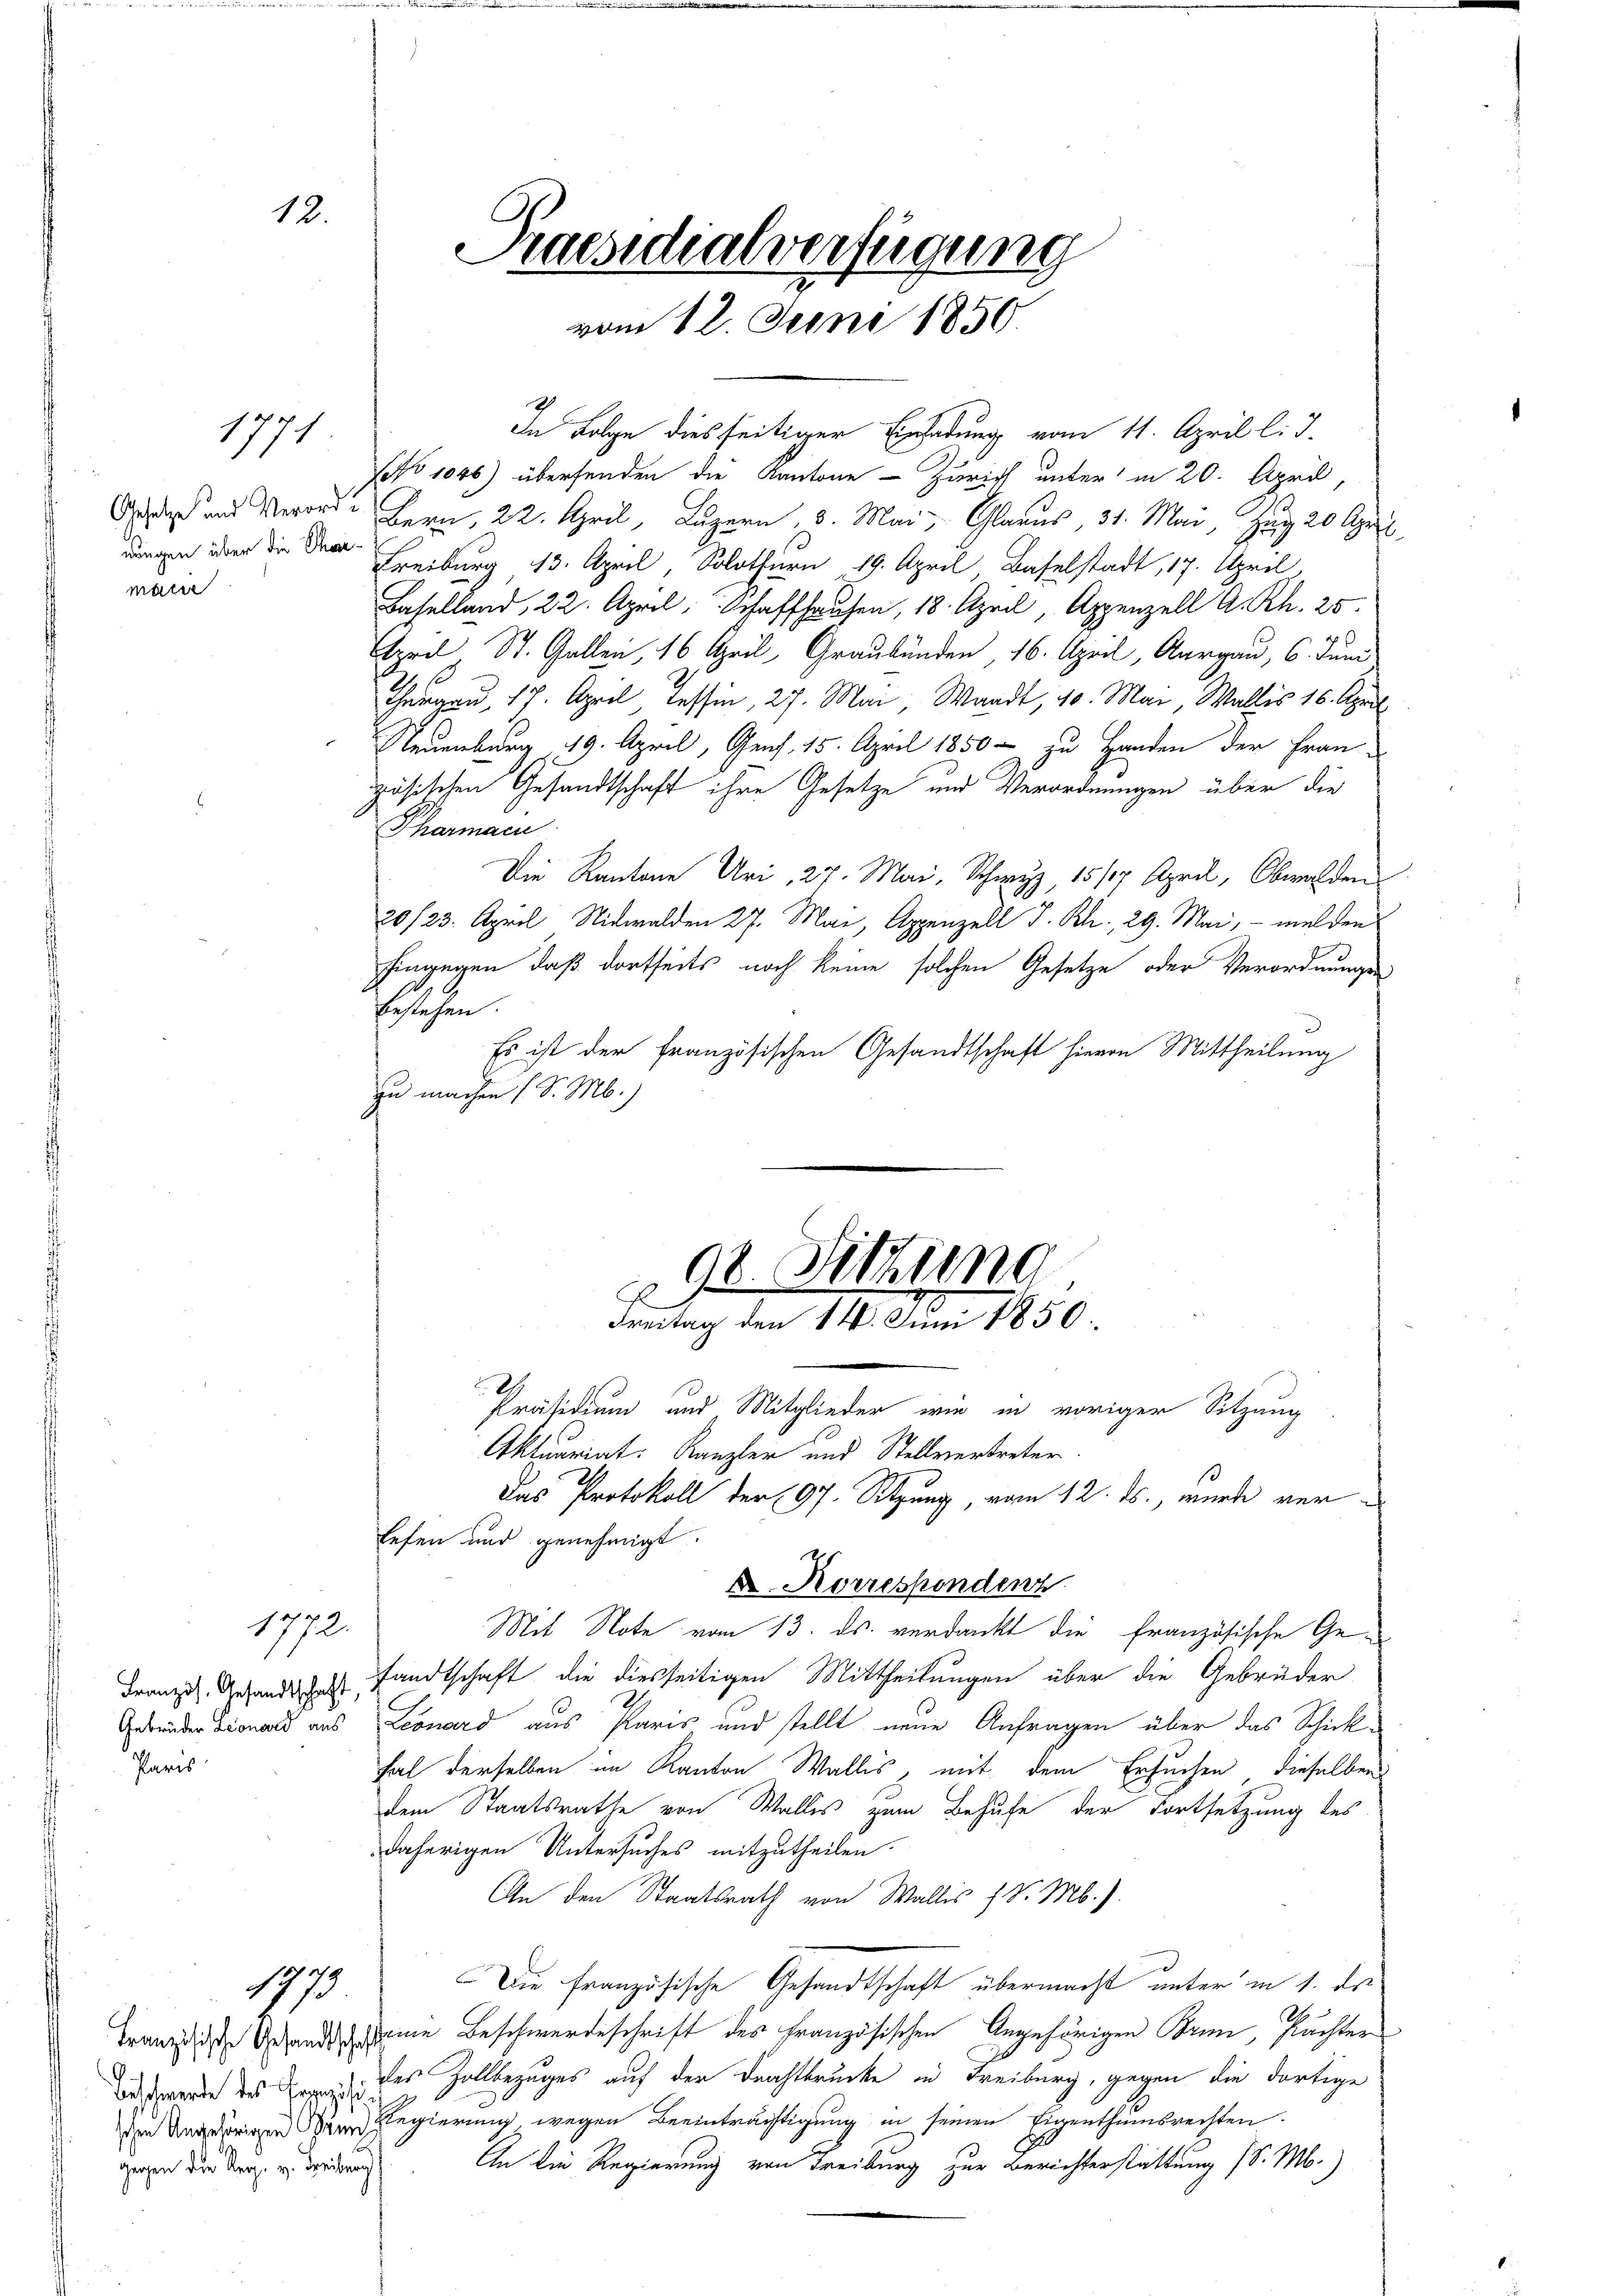
1771

macie

1772.
Französ. Gesandtschaft,
Paris

Beschwerde des Capezifiz
gegen die Reg. v. Freiburg

12.
Praesidialverfügung
n
vom 12. Juni 1850.

1779

In Folge diesseitiger Einladung vom 11. April l. J.
NNo 1046) übersenden die Kantone - Zürich unter in 20. April,
 Br 22. April, Luzern, 3. Mai, Glarus, 31. Mai, Zug 20 April
 über die der Freiburg 13. April, Solothurn 19. April, Baselstadt, 17. April
Baselland, 22. April, Schaffhausen, 18. April, Appenzell A. Rh. 25.
¬
April St. Gallen, 16 April, Graubünden 16. April, Aargau, 6. Juni
s
Thurgau, 17. April, Tessin, 27. Mai, Waadt, 40. Mai, Wallis 16. April
Neuenburg 19. April, Genf 15. April 1850 – zu Handen der Frau-
zösischen Gesandtschaft ihre Gesetze und Verordnungen über die
Pharmain
Die Kantone Uri, 27. Mai, Schwyz, 15/7 April, Obwalden
20/23. April, Nidwalden 27. Mai, Appenzell I. Rh., 29. Mai, – melden
hingegen, daß dortseits noch keine solchen Gesetze oder Verordnungen
bestehen.
Es ist der französischen Gesandtschaft hievon Mittheilung
zu machen (S. M.)

Aktuariat. Kanzler und Stellvertreter
Das Protokoll der 97. Sitzung, vom 12. ds., wurde ver¬
Eefen und genehmigt.
D. Korresponden
Mit Note vom 13. ds. verdankt die französische Gesandtschaft die diesseitigen Mittheilungen über die Gebrüder
Gebunder sonals aus Leonard aus Paris und stellt neue Anfragen über das Schickfal derselben im Kanton Wallis, mit dem Ersuchen dieselben
dem Staatsrathe von Wallis zum Behufe der Fortsetzung des
daherigen Untersuches mitzutheilen.
An den Staatsrath von Wallis 1 S. Mb.).
Die französische Gesandtschaft übermacht unter in 1. ds
Franzige Gesand eine Beschwerdeschrift des Französischen Angehörigen Brin, Pachter
des Zollbezuges auf der Drahtbrücke in Freiburg, gegen die dortige
 eigen in Regierung wegen Beeinträchtigung in seinen Eigenthumsrechten.
An die Regierung von Treiburg zur Berichterstattung (S. M.)

98. Sitzung
E
Freitag den 14. Juni 1850.
Präsidium und Mitglieder wie in voriger Sitzung